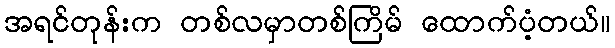
အရင်တုန်းက တစ်လမှာတစ်ကြိမ် ထောက်ပံ့တယ်။